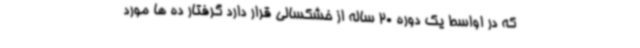
که در اواسط یک دوره 20 ساله از خشکسالی قرار دارد گرفتار ده ها مورد